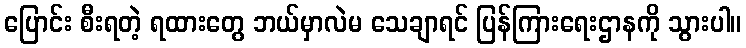
ပြောင်း စီးရတဲ့ ရထားတွေ ဘယ်မှာလဲမ သေချာရင် ပြန်ကြားရေးဌာနကို သွားပါ။